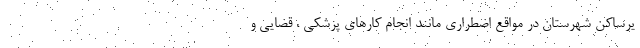
یرساکن شهرستان در مواقع اضطراری مانند انجام کارهای پزشکی ، قضایی و